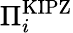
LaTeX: \Pi_{i}^{\mathrm{KIPZ}}